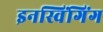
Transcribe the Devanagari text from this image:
इनस्विंगिंग